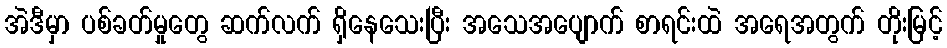
အဲဒီမှာ ပစ်ခတ်မှုတွေ ဆက်လက် ရှိနေသေးပြီး အသေအပျောက် စာရင်းထဲ အရေအတွက် တိုးမြင့်